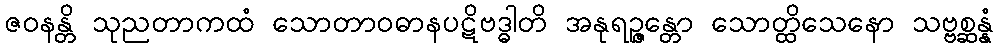
ဇဝနန္တိ သုညတာကထံ သောတာဝဓာနပဋိဗဒ္ဓါတိ အနုရဉ္ဇန္တော သောတ္ထိသေနော သဗ္ဗစ္ဆန္နံ